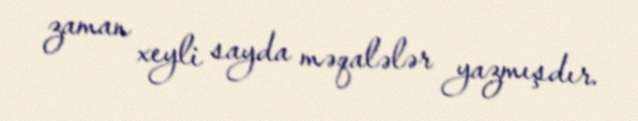
zaman xeyli sayda məqalələr yazmışdır.